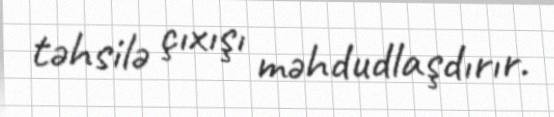
təhsilə çıxışı məhdudlaşdırır.